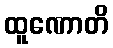
ထူဏောတိ